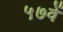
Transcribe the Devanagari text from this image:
५७वें